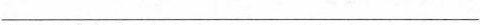
___